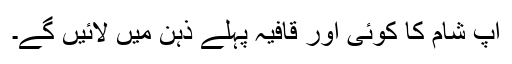
آپ شام کا کوئی اور قافیہ پہلے ذہن میں لائیں گے۔